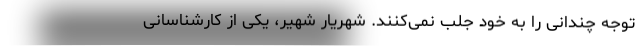
توجه چندانی را به خود جلب نمی‌کنند. شهریار شهیر، یکی از کارشناسانی